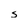
Character: s